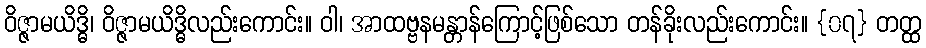
ဝိဇ္ဇာမယိဒ္ဓိ၊ ဝိဇ္ဇာမယိဒ္ဓိလည်းကောင်း။ ဝါ၊ အာထဗ္ဗနမန္တာန်ကြောင့်ဖြစ်သော တန်ခိုးလည်းကောင်း။ {၀၇} တတ္ထ